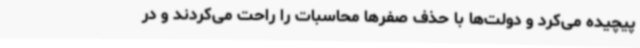
پیچیده می‌کرد و دولت‌ها با حذف صفرها محاسبات را راحت می‌کردند و در